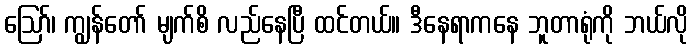
ဪ၊ ကျွန်တော် မျက်စိ လည်နေပြီ ထင်တယ်။ ဒီနေရာကနေ ဘူတာရုံကို ဘယ်လို